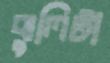
ঝুলিটা